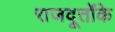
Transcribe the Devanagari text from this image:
राजदूतोंके